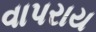
વાપરાય